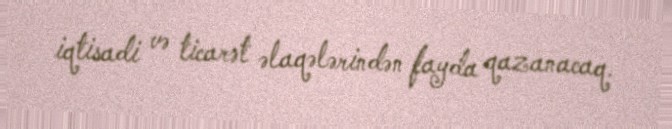
iqtisadi və ticarət əlaqələrindən fayda qazanacaq.